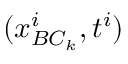
( \boldsymbol { x } _ { B C _ { k } } ^ { i } , t ^ { i } )